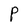
Character: P